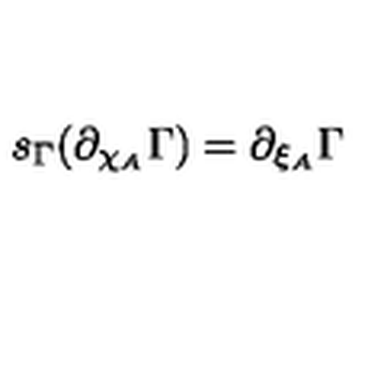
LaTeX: s _ { \Gamma } ( \partial _ { \chi _ { A } } \Gamma ) = \partial _ { \xi _ { A } } \Gamma